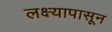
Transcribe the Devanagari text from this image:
लक्ष्यापासून